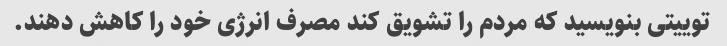
توییتی بنویسید که مردم را تشویق کند مصرف انرژی خود را کاهش دهند.